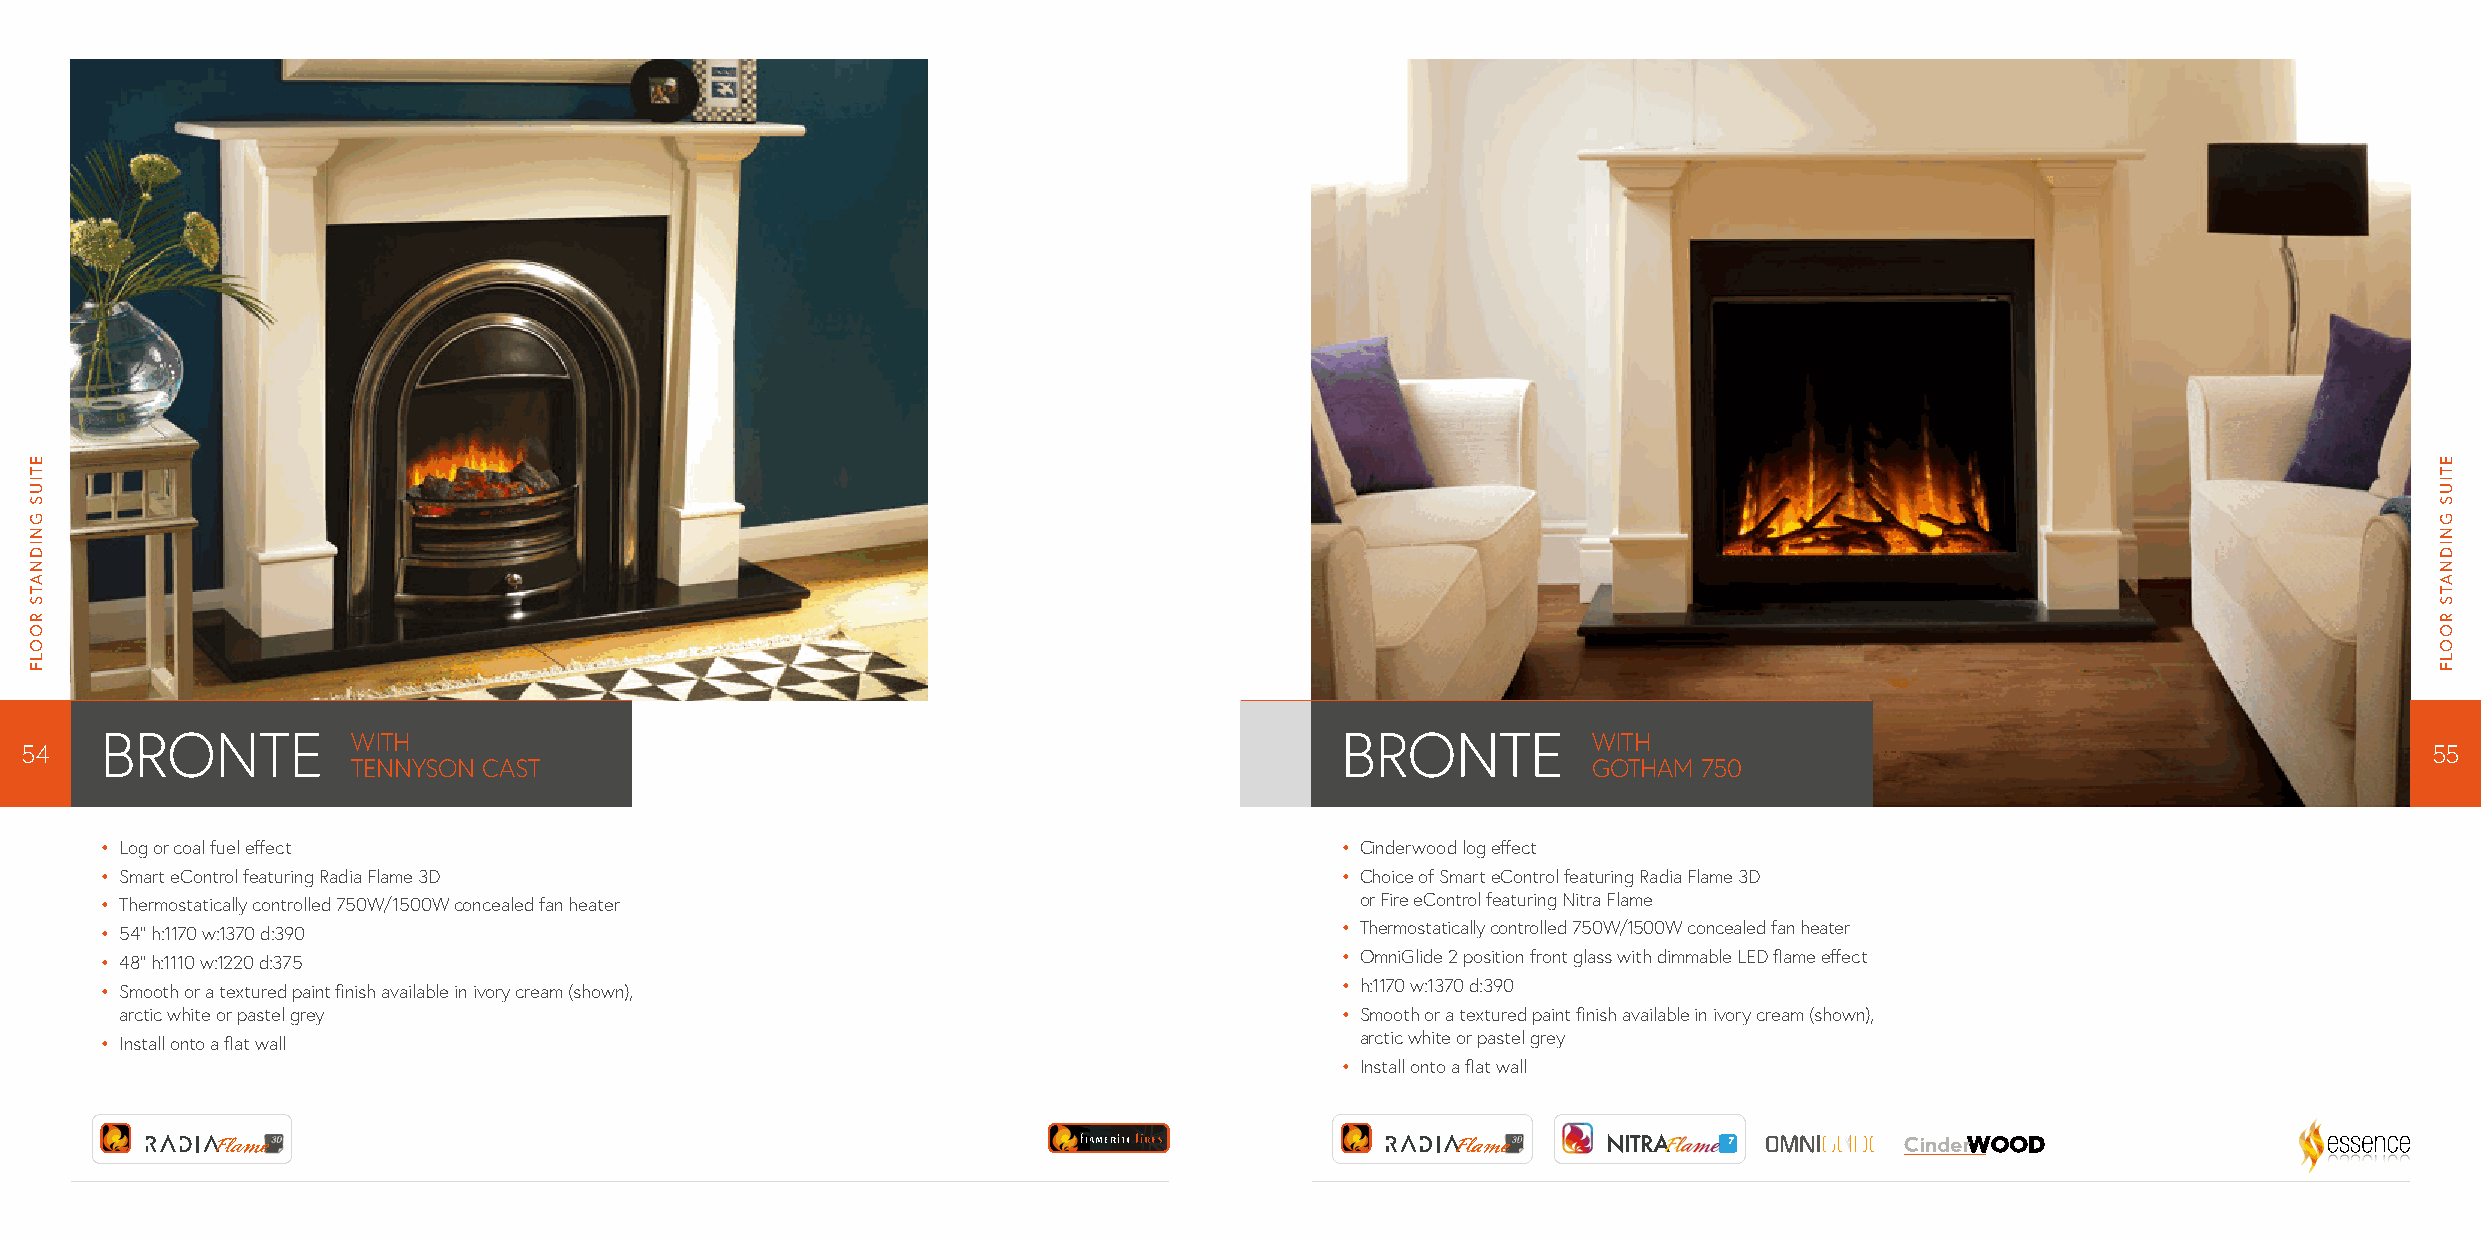
BRONTE          WITH                                                              BRONTE          WITH
 54                                                                                                                                                              55
 TENNYSON CAST                                                                     GOTHAM  750
 • L og or coal fuel effect                                                        • C inderwood log effect
 • S mart eControl featuring Radia Flame 3D                                        • C hoice of Smart eControl featuring Radia Flame 3D
 • T hermostatically controlled 750W/1500W concealed fan heater                     or Fire eControl featuring Nitra Flame
 • 5 4” h:1170 w:1370 d:390                                                        • Thermostatically controlled 750W/1500W concealed fan heater
 • 4 8” h:1110 w:1220 d:375                                                        • O mniGlide 2 position front glass with dimmable LED flame effect
 • S mooth or a textured paint finish available in ivory cream (shown),            • h :1170 w:1370 d:390
 arctic white or pastel grey                                                      • S mooth or a textured paint finish available in ivory cream (shown),
 • I nstall onto a flat wall                                                        arctic white or pastel grey
 • I nstall onto a flat wall
 ETIUS
 GNIDNATS
 ROOLF
 ETIUS
 GNIDNATS
 ROOLF